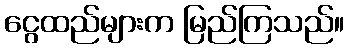
ငွေထည်များက မြည်ကြသည်။